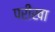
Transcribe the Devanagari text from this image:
परीखा